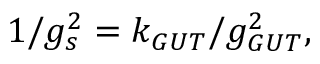
1 / g _ { s } ^ { 2 } = k _ { G U T } / g _ { G U T } ^ { 2 } ,